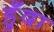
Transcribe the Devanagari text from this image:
हुँदा